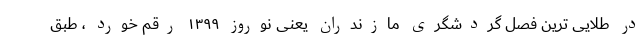
در طلایی ترین فصل گردشگری مازندران یعنی نوروز ۱۳۹۹ رقم خورد ، طبق